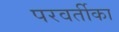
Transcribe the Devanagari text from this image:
परवर्तीका